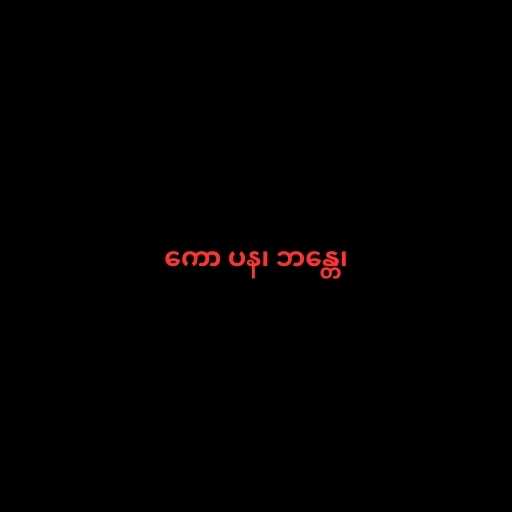
ကော ပန၊ ဘန္တေ၊